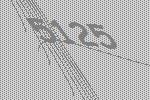
5125